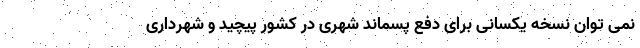
نمی توان نسخه یکسانی برای دفع پسماند شهری در کشور پیچید و شهرداری